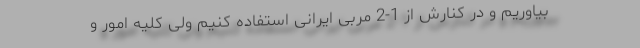
بیاوریم و در کنارش از 1-2 مربی ایرانی استفاده کنیم ولی کلیه امور و